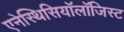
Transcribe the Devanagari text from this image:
एनेस्थिसियॉलॉजिस्ट